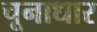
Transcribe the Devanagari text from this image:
चूनाधार